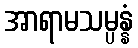
အာရာမသမ္ပန္နံ